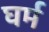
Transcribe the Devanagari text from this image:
घर्म